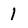
Character: 1